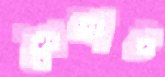
শৈলাট